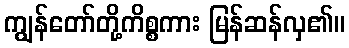
ကျွန်တော်တို့ကိစ္စကား မြန်ဆန်လှ၏။